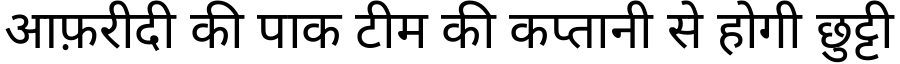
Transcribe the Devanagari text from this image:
आफ़रीदी की पाक टीम की कप्तानी से होगी छुट्टी